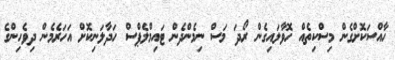
ހާއްސަކޮށްގެން މިސްކިތެއް ހޮވާލައިގެން ރޯދަ މަސް ނިމެންދެން ޓައިމްލެޕްސް ހަދާލަނިކޮށް އަހަރެމެން ދިވެހިންގެ